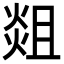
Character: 𭵞